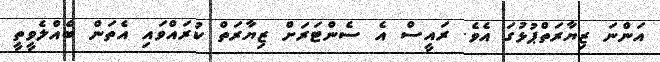
އަންނަ ޒިޔާރަތްޕުޅުގަ އެވެ. ރައީސް އެ ސެންޓަރަށް ޒިޔާރަތް ކުރައްވައި އެތަން ބެއްލެވީތީ